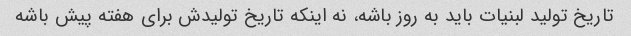
تاریخ تولید لبنیات باید به روز باشه، نه اینکه تاریخ تولیدش برای هفته پیش باشه